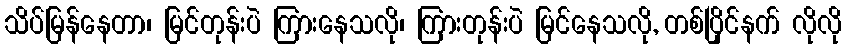
သိပ်မြန်နေတာ၊ မြင်တုန်းပဲ ကြားနေသလို၊ ကြားတုန်းပဲ မြင်နေသလို, တစ်ပြိုင်နက် လိုလို